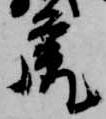
虎